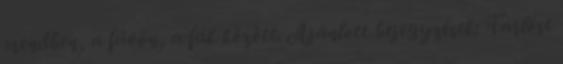
csendben, a füvön, a fák között. Ajánlott bejegyzések: Tarlóst